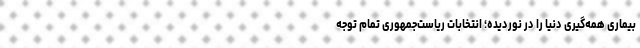
بیماری همه‌گیری دنیا را در نوردیده؛ انتخابات ریاست‌جمهوری تمام توجه